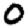
Digit: 0